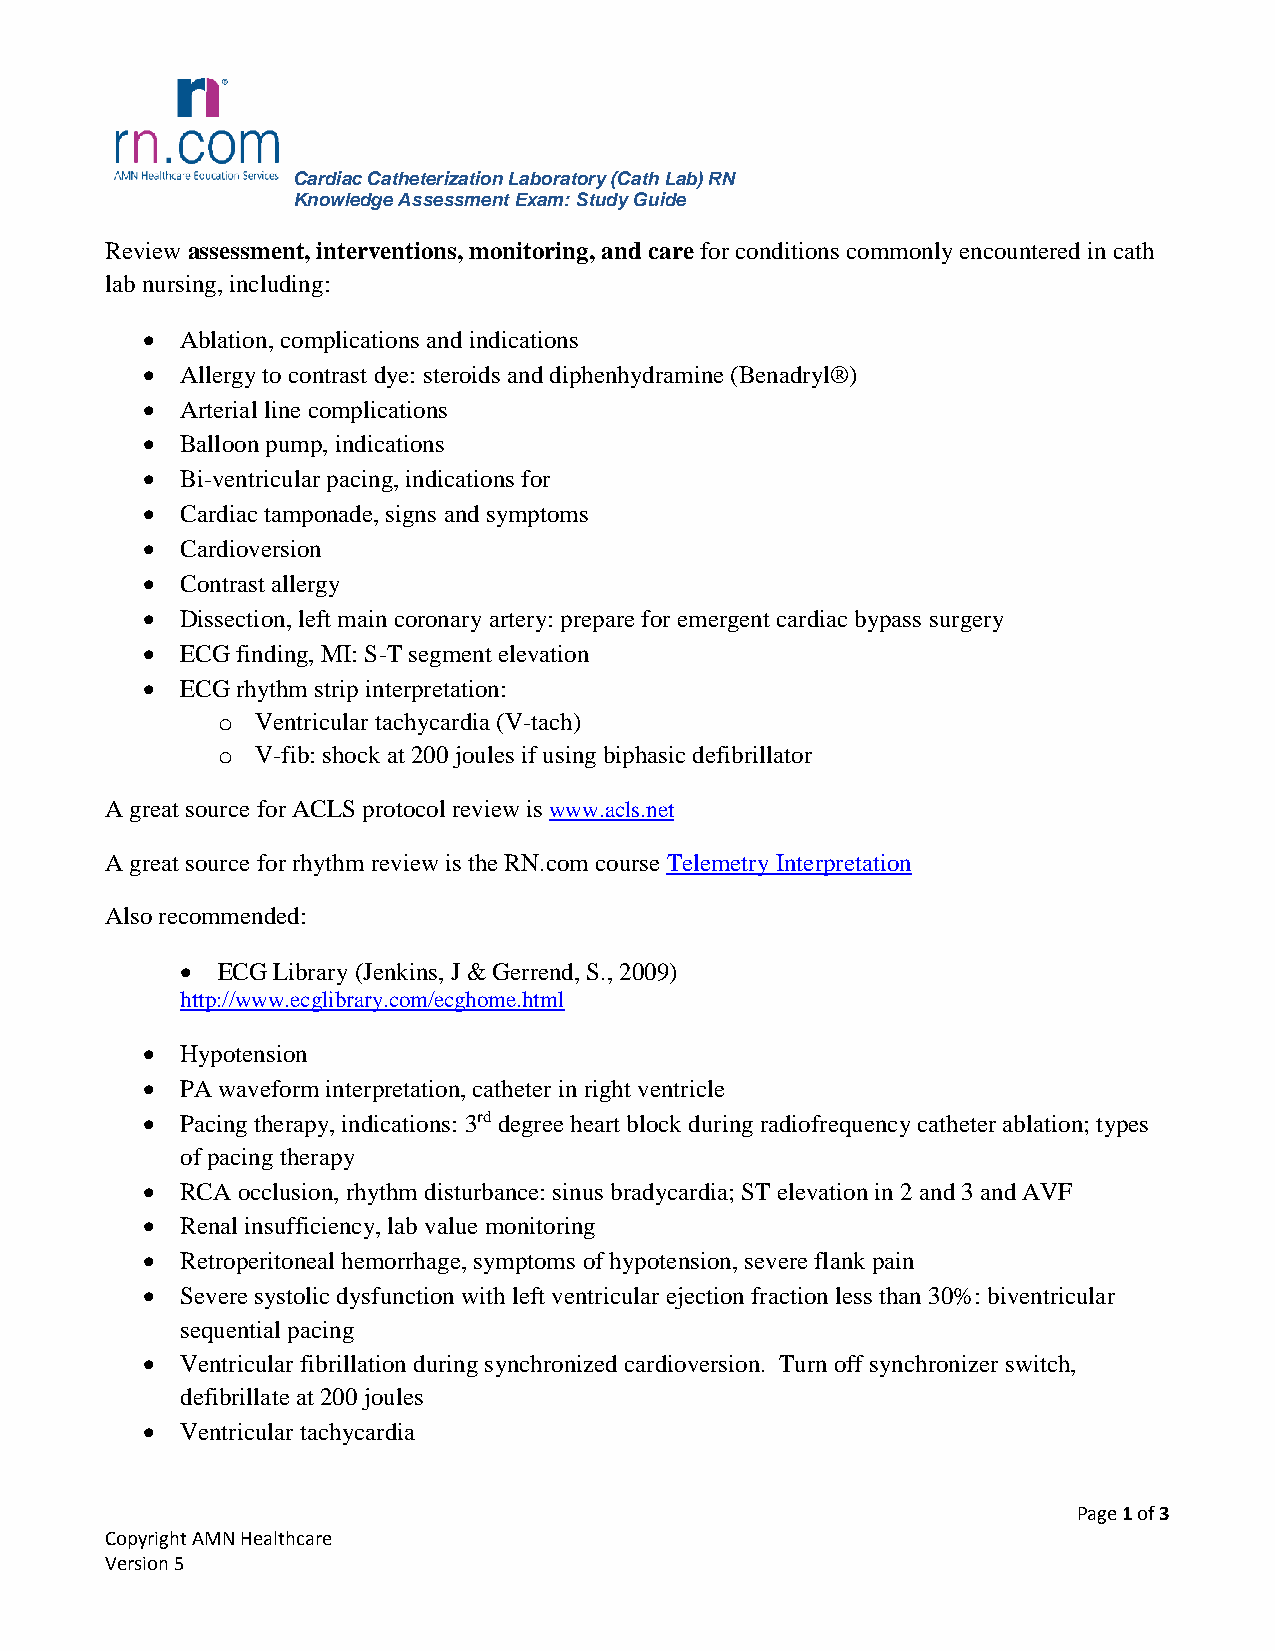
Cardiac Catheterization Laboratory (Cath Lab) RN
 Knowledge Assessment Exam: Study Guide
 Review assessment, interventions, monitoring, and care for conditions commonly encountered in cath
 lab nursing, including:
   Ablation, complications and indications
   Allergy to contrast dye: steroids and diphenhydramine (Benadryl®)
   Arterial line complications
   Balloon pump, indications
   Bi-ventricular pacing, indications for
   Cardiac tamponade, signs and symptoms
   Cardioversion
   Contrast allergy
   Dissection, left main coronary artery: prepare for emergent cardiac bypass surgery
   ECG finding, MI: S-T segment elevation
   ECG rhythm strip interpretation:
 o  Ventricular tachycardia (V-tach)
 o  V-fib: shock at 200 joules if using biphasic defibrillator
 A great source for ACLS protocol review is www.acls.net
 A great source for rhythm review is the RN.com course Telemetry Interpretation
 Also recommended:
  ECG Library (Jenkins, J & Gerrend, S., 2009)
 http://www.ecglibrary.com/ecghome.html
   Hypotension
   PA waveform interpretation, catheter in right ventricle
   Pacing therapy, indications: 3rd degree heart block during radiofrequency catheter ablation; types
 of pacing therapy
   RCA occlusion, rhythm disturbance: sinus bradycardia; ST elevation in 2 and 3 and AVF
   Renal insufficiency, lab value monitoring
   Retroperitoneal hemorrhage, symptoms of hypotension, severe flank pain
   Severe systolic dysfunction with left ventricular ejection fraction less than 30%: biventricular
 sequential pacing
   Ventricular fibrillation during synchronized cardioversion. Turn off synchronizer switch,
 defibrillate at 200 joules
   Ventricular tachycardia
 Page 1 of 3
 Copyright AMN Healthcare
 Version 5